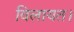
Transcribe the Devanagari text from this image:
विलायत।